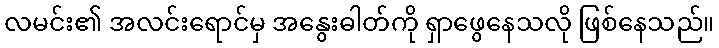
လမင်း၏ အလင်းရောင်မှ အနွေးဓါတ်ကို ရှာဖွေနေသလို ဖြစ်နေသည်။